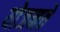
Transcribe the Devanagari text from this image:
योजनते